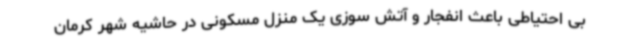
بی احتیاطی‌ باعث انفجار و آتش سوزی یک منزل مسکونی در حاشیه شهر کرمان